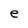
Character: e